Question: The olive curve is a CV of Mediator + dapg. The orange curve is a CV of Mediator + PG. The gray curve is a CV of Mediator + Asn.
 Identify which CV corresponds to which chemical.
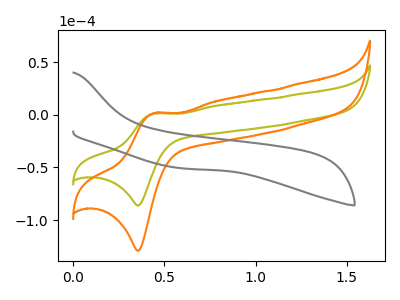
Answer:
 <answer>The olive curve is labeled "Mediator + dapg". The orange curve is labeled "Mediator + PG". The gray curve is labeled "Mediator + Asn".</answer>
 <eval></eval>